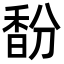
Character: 馚